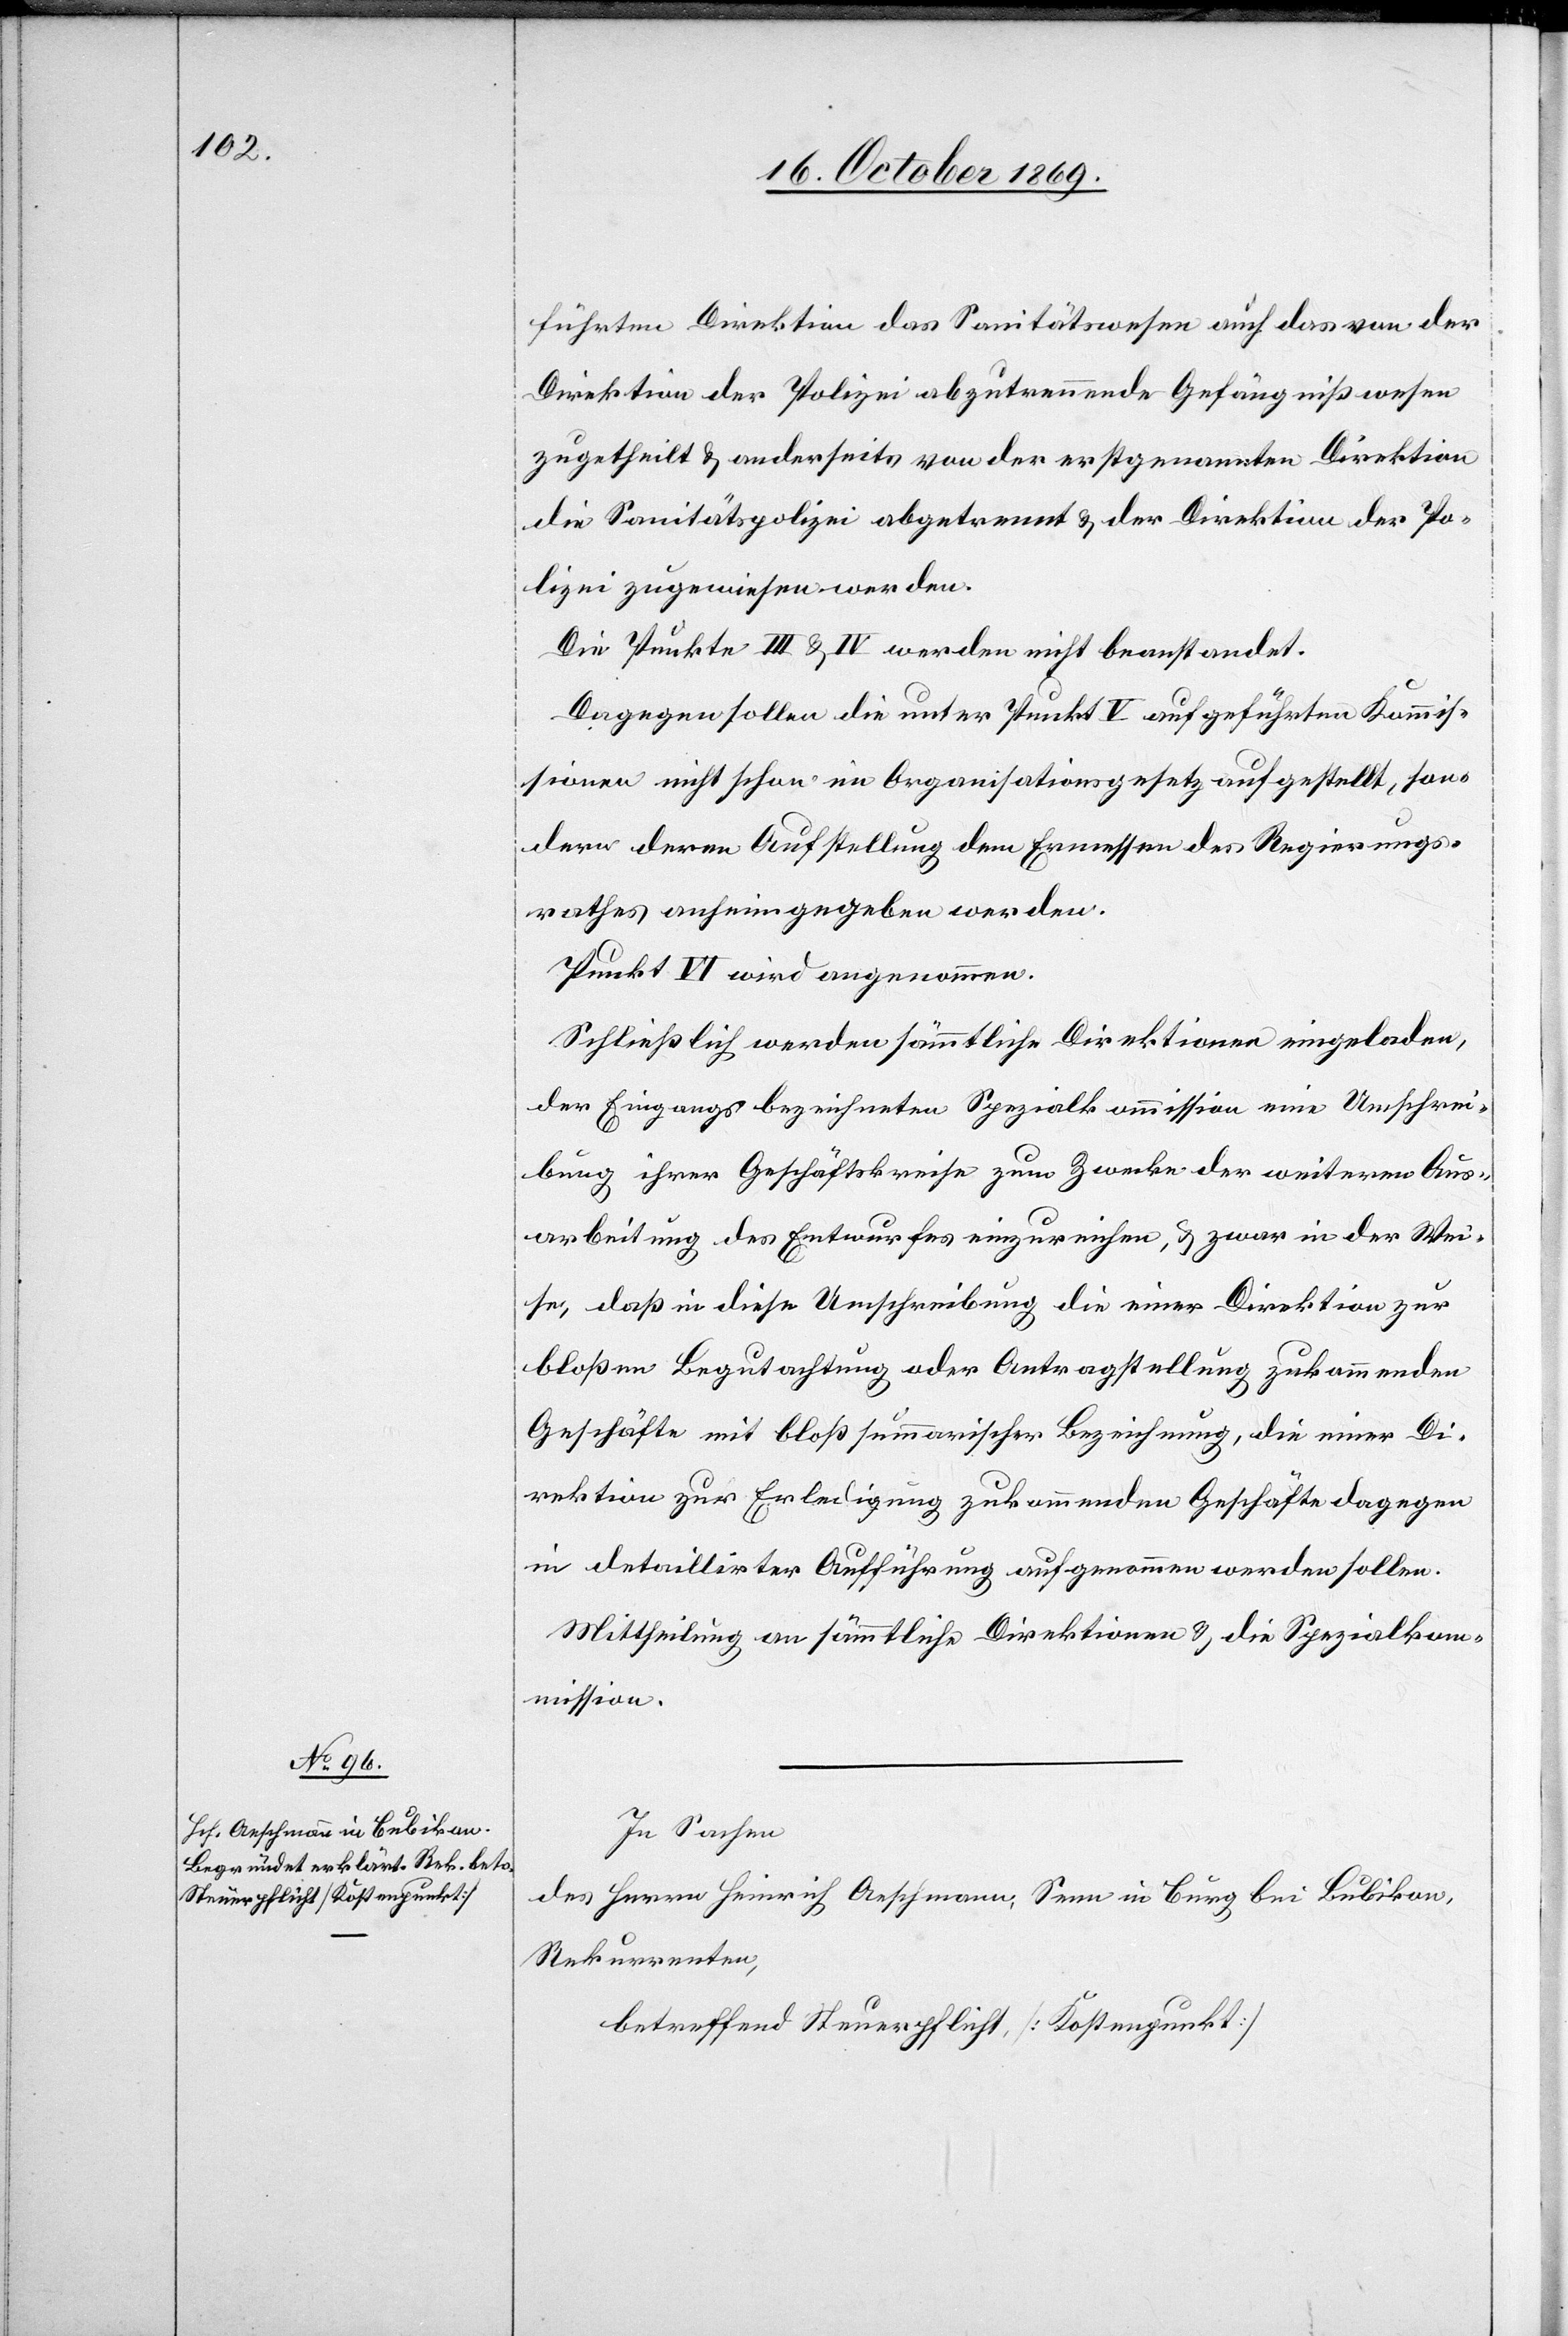
führten Direktion das Sanitätswesen [recte: des Sanitätswesens]
Direktion der Polizei abzutrennende Gefängnißwesen
zugetheilt & anderseits von der erstgenannten Direktion
die Sanitätspolizei abgetrennt & der Direktion der Po¬
lizei zugewiesen werden.
Die Punkte III & IV werden nicht beanstandet.
Dagegen sollen die unter Punkt V aufgeführten Kommis¬
sionen nicht schon im Organisationsgesetz aufgestellt, son¬
dern deren Aufstellung dem Ermessen des Regierungs¬
rathes anheimgegeben werden.
Punkt VI wird angenommen.
Schließlich werden sämmtliche Direktionen eingeladen,
der Eingangs bezeichneten Spezialkommission eine Umschrei¬
bung ihrer Geschäftskreise zum Zwecke der weiteren Aus¬
arbeitung des Entwurfes einzureichen, & zwar in der Wei¬
se, daß in diese Umschreibung die einer Direktion zur
bloßen Begutachtung oder Antragstellung zukommenden
Geschäfte mit blos summarischer Bezeichnung, die einer Di¬
rektion zur Erledigung zukommenden Geschäfte dagegen
in detaillirter Aufführung aufgenommen werden sollen.
Mittheilung an sämmtliche Direktionen & die Spezialkom¬
mission.
In Sachen
des Herrn Heinrich Aeschmann, Senn in Burg bei Bubikon,
Rekurrenten,
betreffend Steuerpflicht, [Kostenpunkt]